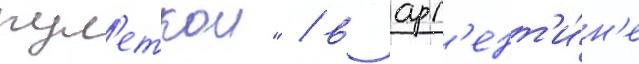
рул'еткои" / в арг'ент'и́н'е